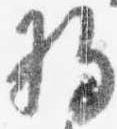
将